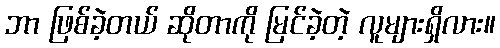
ဘာ ဖြစ်ခဲ့တယ် ဆိုတာကို မြင်ခဲ့တဲ့ လူများရှိလား။